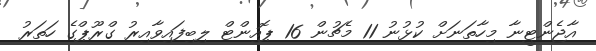
އާޖެންޓީނާ މިހާތަނަށް ކުޅުނު 11 މެޗުން 16 ޕޮއިންޓް ލިބިފައިވާއިރު ގްރޫޕްގެ ހަތަރު